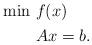
LaTeX: \begin{align*} \begin{aligned} \min \ &f(x) \\ \enspace & Ax = b. \end{aligned}\end{align*}